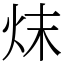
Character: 㶬